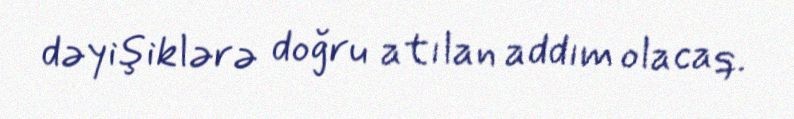
dəyişiklərə doğru atılan addım olacaq.